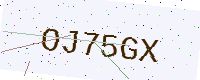
Text: OJ75GX